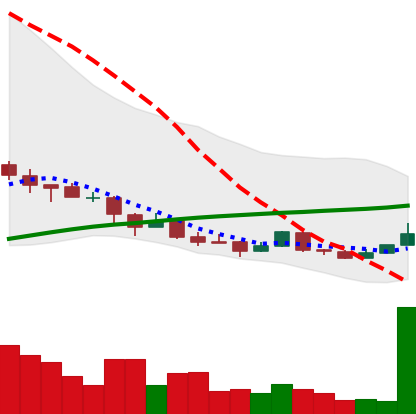
Ticker: NEO-USD
Chart end date: 2018-04-09
Forward return: 20.647%
Label: up_7plus